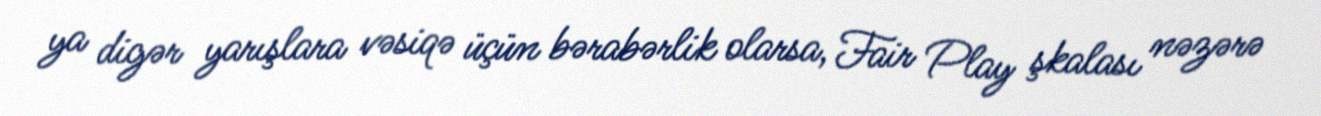
ya digər yarışlara vəsiqə üçün bərabərlik olarsa, Fair Play şkalası nəzərə